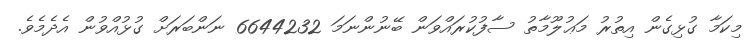
މިކަމާ ގުޅިގެން އިތުރު މަޢުލޫމާތު ސާފުކުރައްވަން ބޭނުންނަމަ 6644232 ނަންބަރަށް ގުޅުއްވުން އެދެމެވެ.